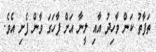
ތަފާތު ކަން ވާހިދު އާއި ލީނާ އަށް ފާހަގަ ވާން ފެށި އެވެ.